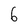
Character: 6